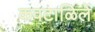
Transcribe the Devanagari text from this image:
कवटाळिलें